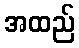
အထည်